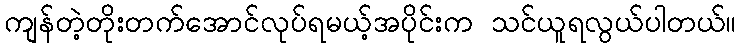
ကျန်တဲ့တိုးတက်အောင်လုပ်ရမယ့်အပိုင်းက သင်ယူရလွယ်ပါတယ်။